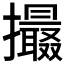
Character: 𢸶